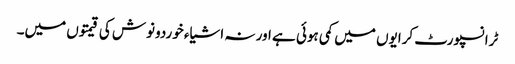
ٹرانسپورٹ کرایوں میں کمی ہوئی ہے اور نہ اشیاء خوردونوش کی قیمتوں میں۔